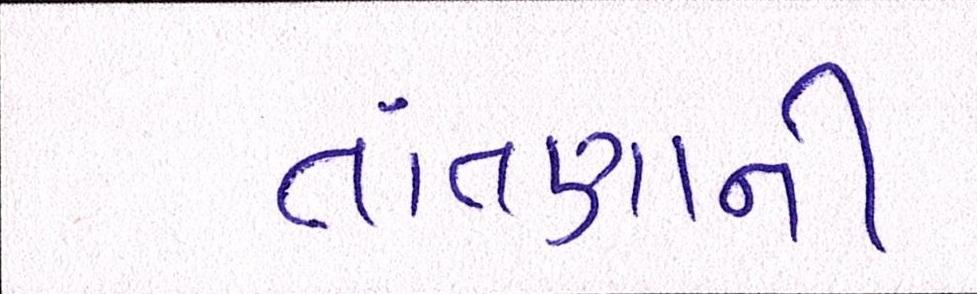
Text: તાંતણાની